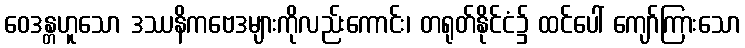
ဝေဒန္တဟူသော ဒဿနိကဗေဒများကိုလည်းကောင်း၊ တရုတ်နိုင်ငံ၌ ထင်ပေါ် ကျော်ကြားသော